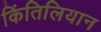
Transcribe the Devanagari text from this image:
किंतिलियान